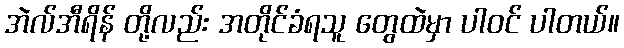
အဲလ်အီရိန် တို့လည်း အတိုင်ခံရသူ တွေထဲမှာ ပါဝင် ပါတယ်။